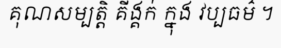
គុណសម្បត្តិ គីង្គក់ ក្នុង វប្បធម៌ ។